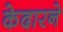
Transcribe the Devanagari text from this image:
केदारने